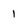
Character: 1